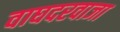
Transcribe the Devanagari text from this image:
वाघदरवाजा